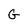
Character: G